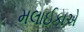
મલાઈકાએ